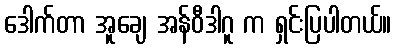
ဒေါက်တာ အူချေ အန်ဝီဒါဂူ က ရှင်းပြပါတယ်။